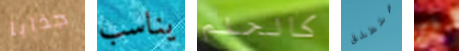
جذابا يناسب كالحلم ستطلق أي